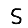
Digit: 5